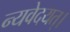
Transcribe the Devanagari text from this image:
न्यवेदयत्।